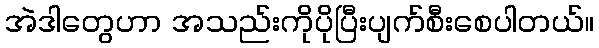
အဲဒါတွေဟာ အသည်းကိုပိုပြီးပျက်စီးစေပါတယ်။